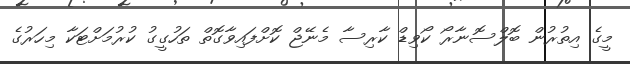
މީގެ އިތުރުން ބޮލްސޮނާރޯ ކޯވިޑް ކާރިސާ މެނޭޖް ކޮށްފައިވާގޮތް ތަހުގީގު ކުރުމަށްޓަކާ މިހަރުގެ